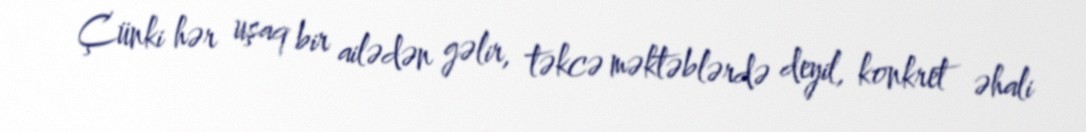
Çünki hər uşaq bir ailədən gəlir, təkcə məktəblərdə deyil, konkret əhali